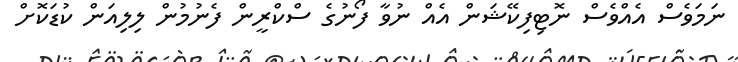
ނަމަވެސް އެއްވެސް ނޮޓިފިކޭޝަން އެއް ނުވާ ފޯނުގެ ސްކްރީން ފެނުމުން ލިލިއަން ކުޑަކޮށް